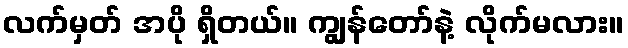
လက်မှတ် အပို ရှိတယ်။ ကျွန်တော်နဲ့ လိုက်မလား။